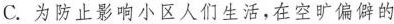
C. 为防止影响小区人们生活，在空旷偏僻的